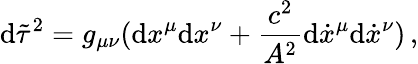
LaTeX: \mathrm{d}\tilde{{\tau}}^{2}=g_{\mu\nu}(\mathrm{d}x^{\mu}\mathrm{d}x^{\nu}+\frac{{c^{2}}}{{A^{2}}}\mathrm{d}\dot{{x}}^{\mu}\mathrm{d}\dot{{x}}^{\nu})\, {,}